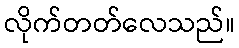
လိုက်တတ်လေသည်။